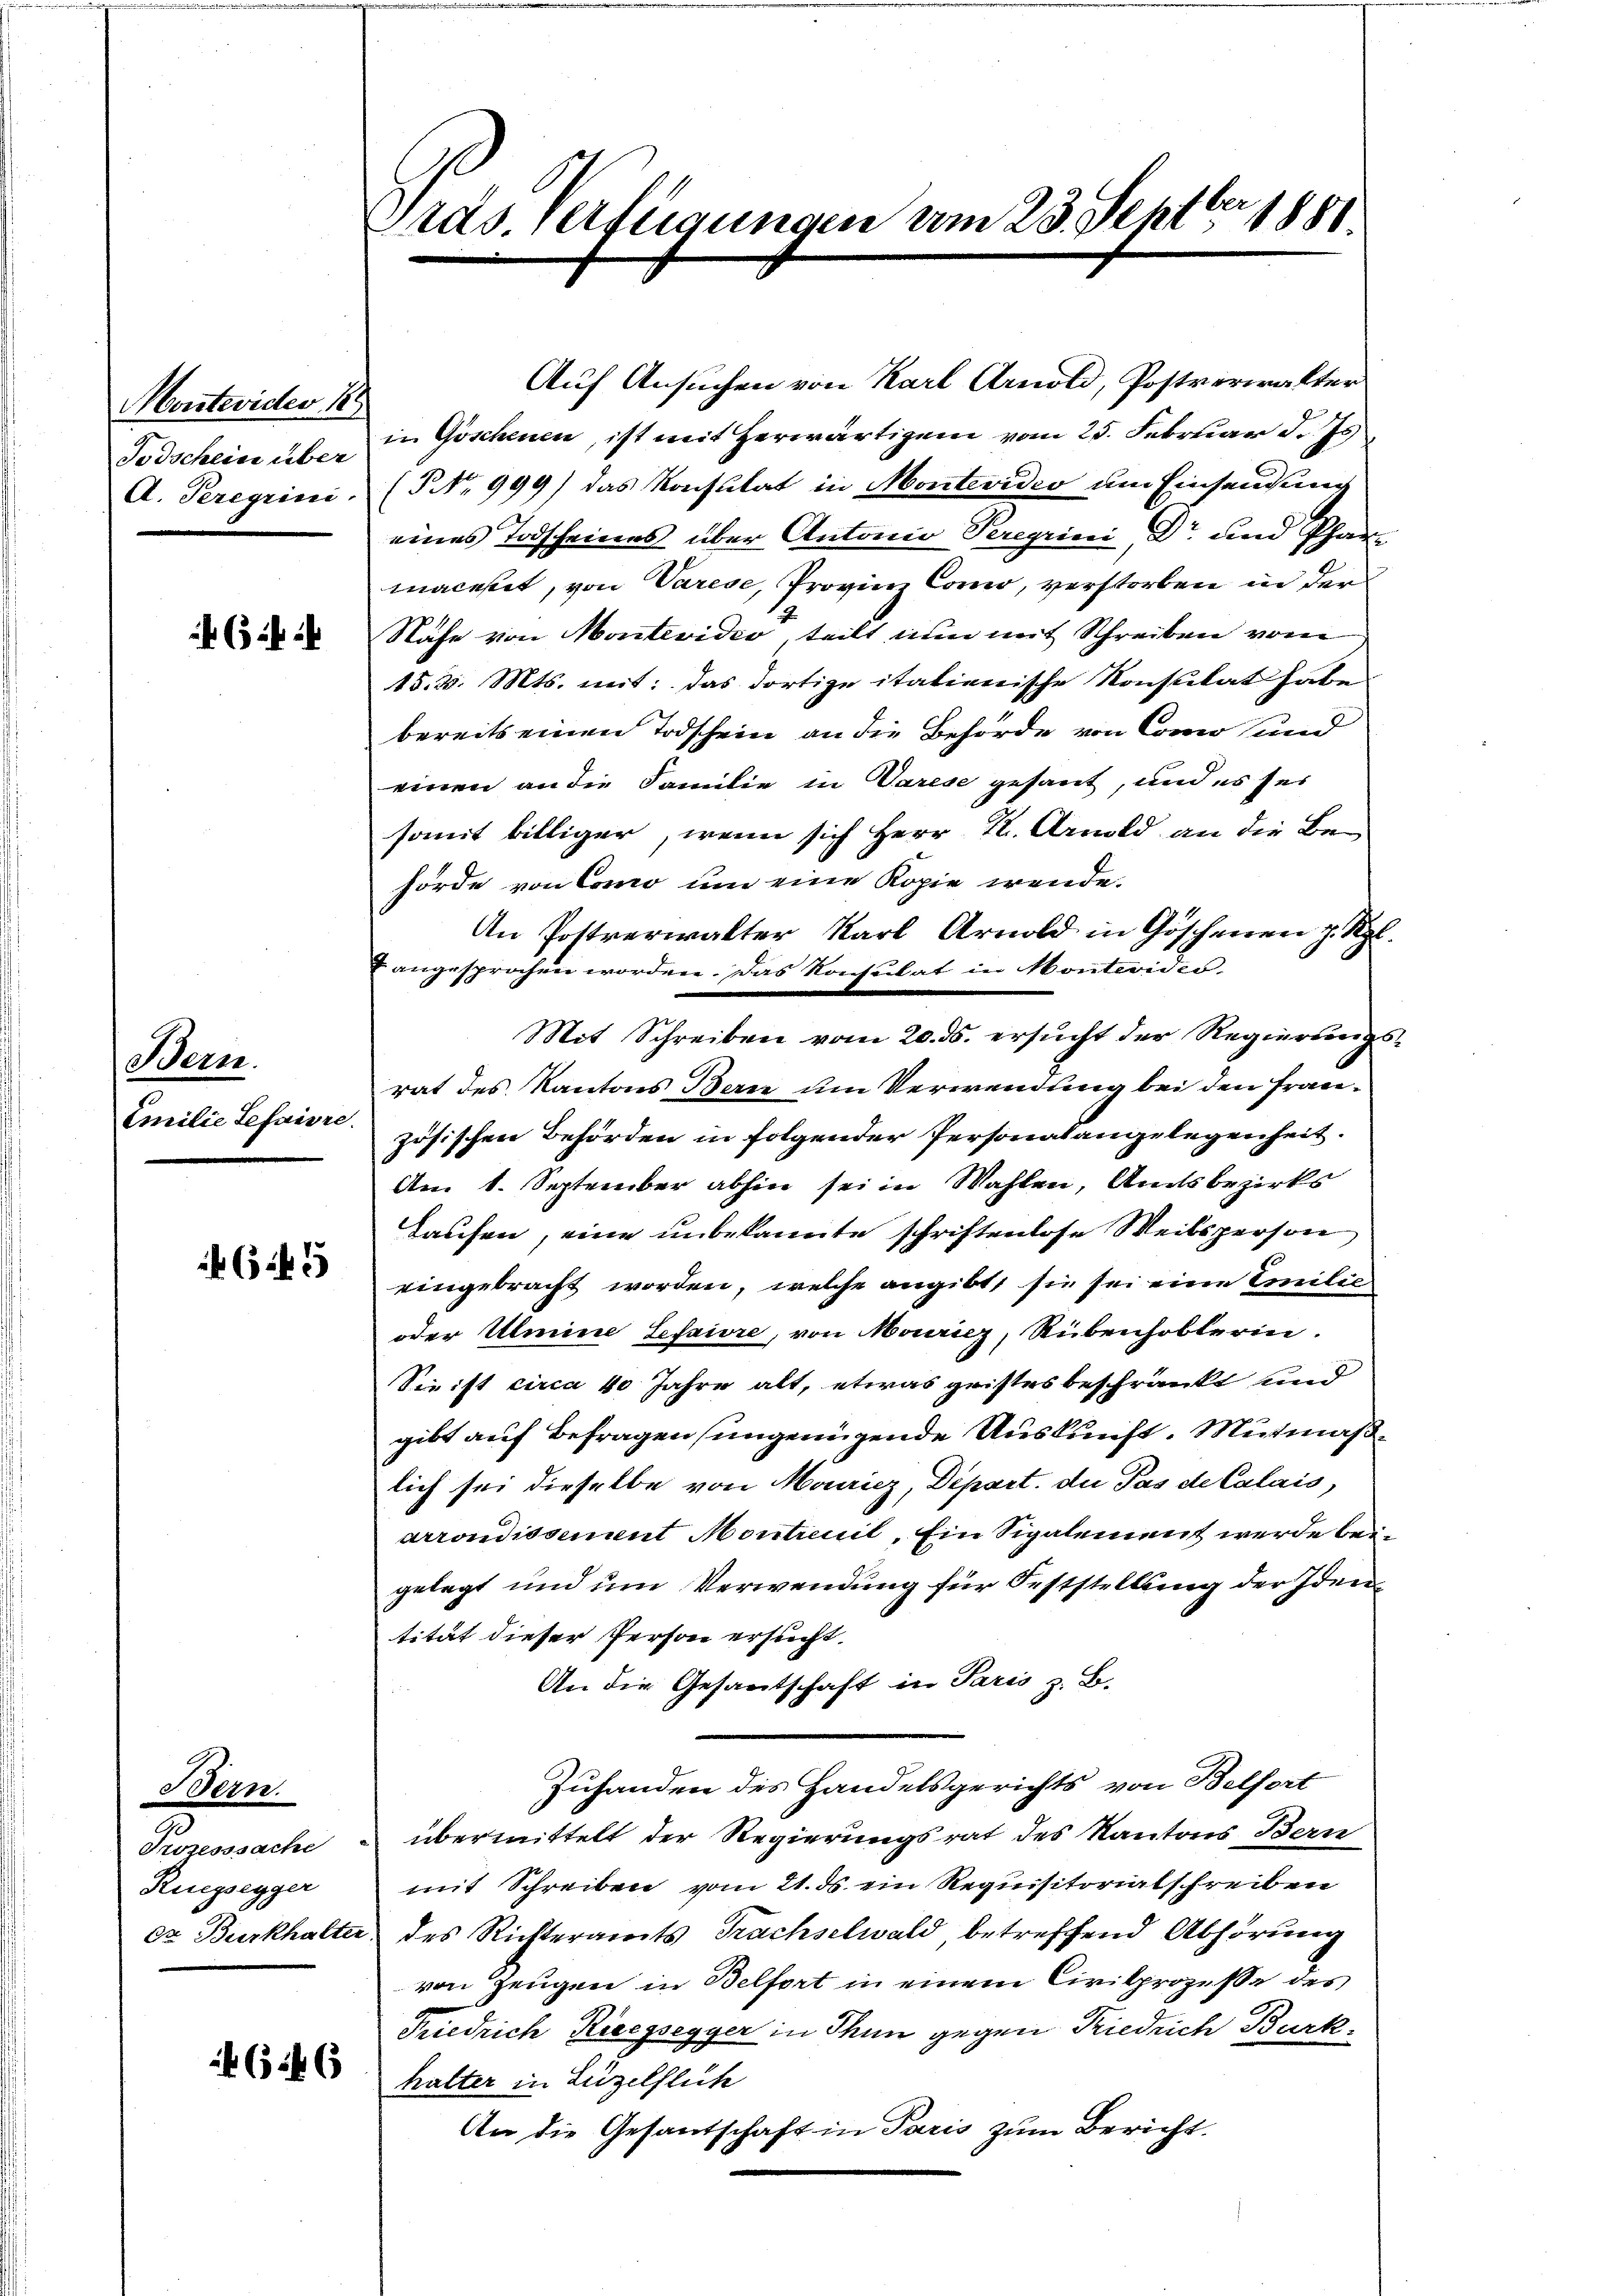
Montevider 189
Todschein über

46

Bern.
Emilie Lefaire.

f 645

Bern.
Prozesssache
Ruegsegger

646

Vrds. Verfügungen vom 23. Septber 1888.

Auf Ansuchen von Karl Arnold, Postverwalter
in Göschenen, ist mit herwärtigem vom 25. Februar d. Js
A. Peregrini (§ No 999) das Konstitat in Montevideo am Einsendung
eines Todscheines über Antonio Seregrini, Dr. und Phar
maceket, von Varese, Provinz Como, verstorben in der
Nähe von Montevidio, teilt nun mit Schreiben vom
15. d. Mts. mit: das dortige italienische Konsulat haben
bereits einen Todschein an die Behörde von Como und
einen an die Familie in Varese gesant, und es sei
somit billiger, wenn sich Herr K. Arnold an die Behörde von Como um eine Kopie wende.
An Postverwalter Karl Arnold in Göschenen J. Kgl.
7 angesprochen worden. Das Konsulat in Konteviden-
Mit Schreiben vom 20. ds. ersucht der Regierungsrat des Kantons Bern um Verwendung bei den Französischen Behörden in folgender Personalangelegenheit.
Am 1. September abhin sei in Wahlen, Amtsbezirks
Haufen, eine unbekannte schriftenlose Weibsperson
eingebracht worden, welche angibt, sie sei eine Emilie
oder Ulmine Lefaire, von Moricz, Rubenhoblerin.
Sie ist circa 40 Jahre alt, etwas geistes beschränkt und
gibt auf Befragen (ungenügende Auskunft. Mutmaßlich sei dieselbe von Moricz, Dipart. du Pas de Calais,
arrondissement Montreuil, Ein Sigalement werde beigelegt und um Verwendung für Feststellung der Identität dieser Person ersucht.
An die Gesantschaft in Paris z. B.
Zuhanden des Handelsgerichts von Belfort
übermittelt der Regierungsrat des Kantons Bern
mit Schreiben vom 21. ds. ein Requisitorialschreiben
dr. Burkhalter des Richteramts Trachselwald betreffend Abhörung
von Zeugen in Belfort in einem Civilprozesse des
Friedrich Rieegsegger in Thun gegen Friedrich Burk
halter in Luzelflich
An die Gesandschaft in Paris zum Bericht.